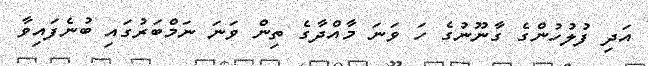
އަދި ފުލުހުންގެ ގާނޫނުގެ ހަ ވަނަ މާއްދާގެ ތިން ވަނަ ނަމްބަރުގައި ބުނެފައިވާ